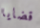
قضايا